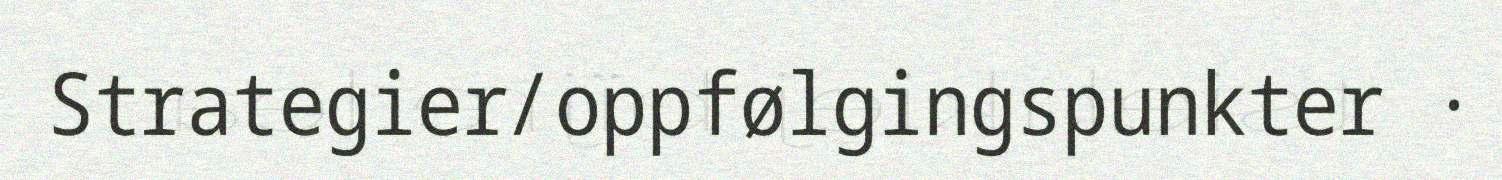
Strategier/oppfølgingspunkter ·